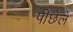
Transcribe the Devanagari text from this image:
पीछेले